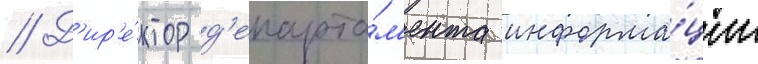
// Д'ир'е́ктор д'епарта́м'ента информа́ции